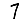
Digit: 7